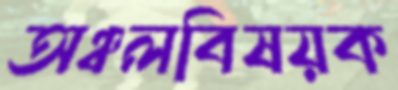
অঞ্চলবিষয়ক